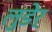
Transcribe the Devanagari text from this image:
लुडेर्